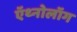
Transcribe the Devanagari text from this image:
ऍथ्नोलॉग